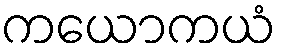
ကယောကယံ